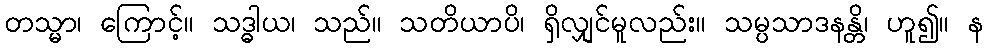
တသ္မာ၊ ကြောင့်။ သဒ္ဓါယ၊ သည်။ သတိယာပိ၊ ရှိလျှင်မူလည်း။ သမ္ပသာဒနန္တိ၊ ဟူ၍။ န